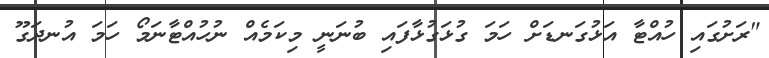
"ރަށުގައި ހުއްޓާ އަޅުގަނޑަށް ހަމަ ގުޅަގުޅާފައި ބުނަނީ މިކަމެއް ނުހުއްޓާނަމޯ ހަމަ އުނދަގޫ